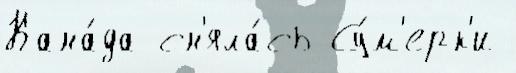
Кана́да сн'яла́сь Су́м'ерк'и